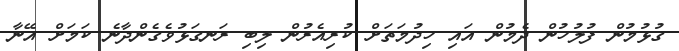
ގުޅުމުން ފުލުހުން ދެމުން އައި ހިދުމަތަށް ކުރިއެރުން ލިބި ރަނގަޅުވެގެންދާނެ ކަމަށް އޭނާ